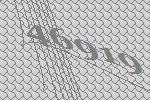
46919